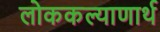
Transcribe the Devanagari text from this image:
लोककल्याणार्थ